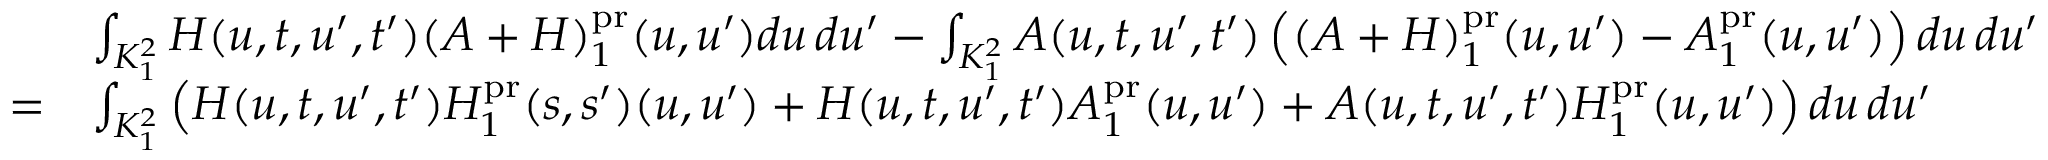
\begin{array} { r l } & { \int _ { K _ { 1 } ^ { 2 } } H ( u , t , u ^ { \prime } , t ^ { \prime } ) ( A + H ) _ { 1 } ^ { \mathrm { p r } } ( u , u ^ { \prime } ) d u \, d u ^ { \prime } - \int _ { K _ { 1 } ^ { 2 } } A ( u , t , u ^ { \prime } , t ^ { \prime } ) \left( ( A + H ) _ { 1 } ^ { \mathrm { p r } } ( u , u ^ { \prime } ) - A _ { 1 } ^ { \mathrm { p r } } ( u , u ^ { \prime } ) \right) d u \, d u ^ { \prime } } \\ { = } & { \int _ { K _ { 1 } ^ { 2 } } \left( H ( u , t , u ^ { \prime } , t ^ { \prime } ) H _ { 1 } ^ { \mathrm { p r } } ( s , s ^ { \prime } ) ( u , u ^ { \prime } ) + H ( u , t , u ^ { \prime } , t ^ { \prime } ) A _ { 1 } ^ { \mathrm { p r } } ( u , u ^ { \prime } ) + A ( u , t , u ^ { \prime } , t ^ { \prime } ) H _ { 1 } ^ { \mathrm { p r } } ( u , u ^ { \prime } ) \right) d u \, d u ^ { \prime } } \end{array}